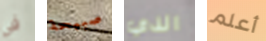
في صبيحة الذي أعلم